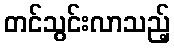
တင်သွင်းလာသည့်